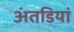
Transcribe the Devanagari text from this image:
अंतडियां